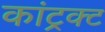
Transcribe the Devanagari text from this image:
कांट्रक्ट